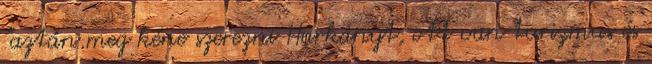
"aztán meg kéne szerezni Harkányt, ott van turizmus és